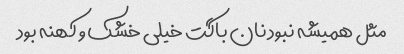
مثل همیشه نبود نان باگت خیلی خشک و کهنه بود